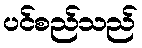
ပင်စည်သည်